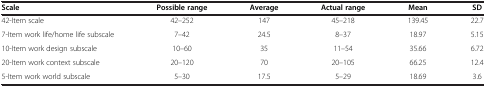
<table><thead><tr><td><b>Scale</b></td><td><b>Possible range</b></td><td><b>Average</b></td><td><b>Actual range</b></td><td><b>Mean</b></td><td><b>SD</b></td></tr></thead><tbody><tr><td>42-Item scale</td><td>42–252</td><td>147</td><td>45–218</td><td>139.45</td><td>22.7</td></tr><tr><td>7-Item work life/home life subscale</td><td>7–42</td><td>24.5</td><td>8–37</td><td>18.97</td><td>5.15</td></tr><tr><td>10-Item work design subscale</td><td>10–60</td><td>35</td><td>11–54</td><td>35.66</td><td>6.72</td></tr><tr><td>20-Item work context subscale</td><td>20–120</td><td>70</td><td>20–105</td><td>66.25</td><td>12.4</td></tr><tr><td>5-Item work world subscale</td><td>5–30</td><td>17.5</td><td>5–29</td><td>18.69</td><td>3.6</td></tr></tbody></table>